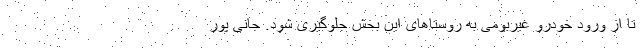
تا از ورود خودرو غیربومی به روستاهای این بخش جلوگیری شود. جانی پور